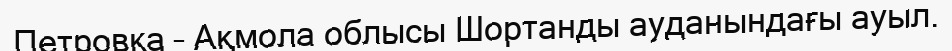
Петровка – Ақмола облысы Шортанды ауданындағы ауыл.